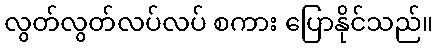
လွတ်လွတ်လပ်လပ် စကား ပြောနိုင်သည်။